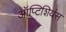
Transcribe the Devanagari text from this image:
ऑप्टिशियंस